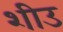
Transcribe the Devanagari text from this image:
शीउ